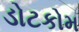
ડોટકોમ